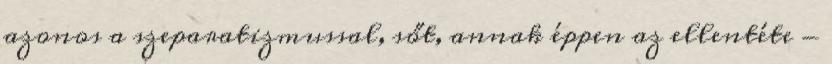
azonos a szeparatizmussal, sőt, annak éppen az ellentéte -